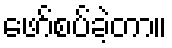
ဖော်စပ်ခဲ့တာ။